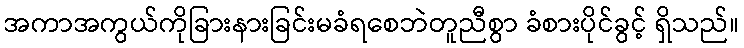
အကာအကွယ်ကိုခြားနားခြင်းမခံရစေဘဲတူညီစွာ ခံစားပိုင်ခွင့် ရှိသည်။